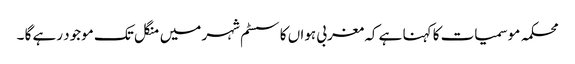
محکمہ موسمیات کا کہنا ہے کہ مغربی ہواں کا سسٹم شہر میں منگل تک موجود رہے گا ۔